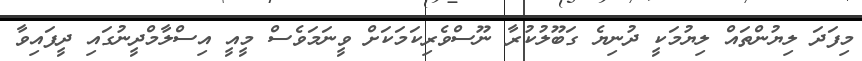
މިފަދަ ލިޔުންތައް ލިޔުމަކީ ދުނިޔެ ގަބޫލުކުރާ ނޫސްވެރިކަމަކަށް ވީނަމަވެސް މީއީ އިސްލާމްދީނުގައި ދީފައިވާ